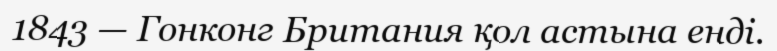
1843 — Гонконг Британия қол астына енді.